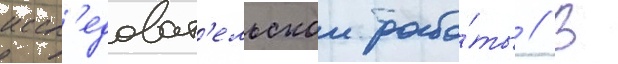
иссл'едоват'ельскои рабо́ты // В